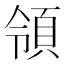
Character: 領